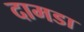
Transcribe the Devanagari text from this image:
दामडा